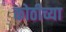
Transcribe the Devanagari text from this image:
कोठीच्या